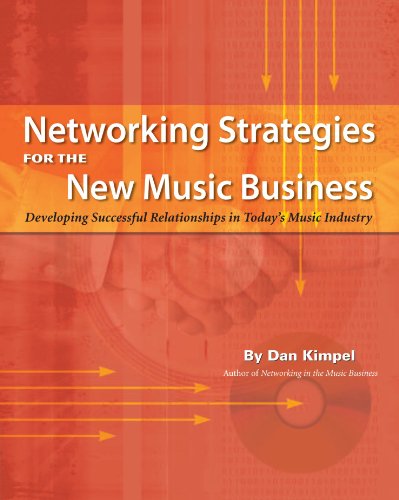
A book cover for Networking Strategies for the New Music Business; Dan Kimpel; Arts & Photography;